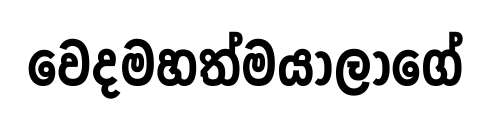
වෙදමහත්මයාලාගේ